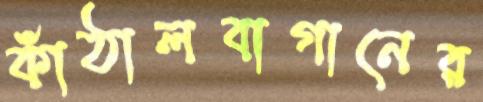
কাঁঠালবাগানের